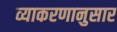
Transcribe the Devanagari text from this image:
व्याकरणानुसार